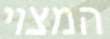
המצוי